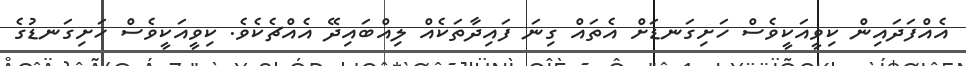
އެއްފަދައިން ކިވީއަކީވެސް ހަށިގަނޑަށް އެތައް ގިނަ ފައިދާތަކެއް ލިއްބައިދޭ އެއްޗެކެވެ. ކިވީއަކީވެސް ހަށިގަނޑުގެ